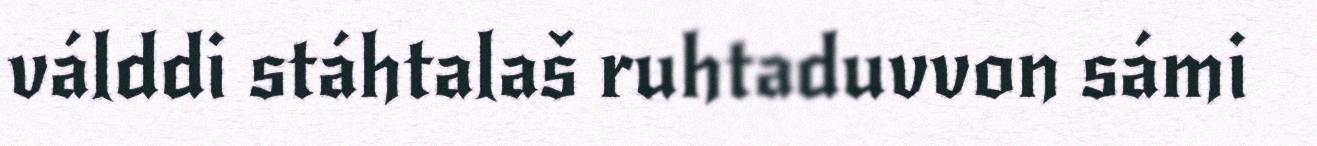
válddi stáhtalaš ruhtaduvvon sámi